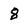
Character: 8